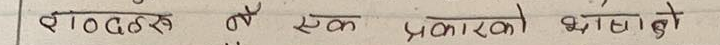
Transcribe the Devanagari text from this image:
ढाठठु एक प्रकारको खाना हो